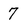
Character: 7